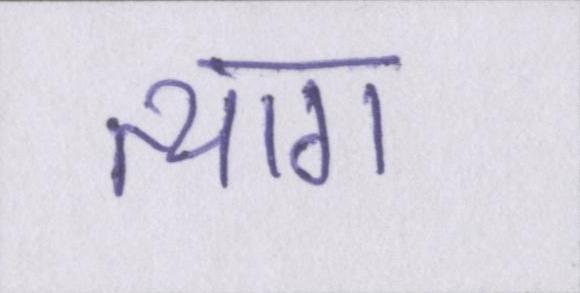
त्याग